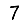
Digit: 7